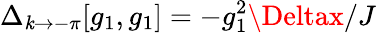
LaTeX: \Delta_{\mathit{k}\to-\pi}[g_{1},g_{1}]=-g_{1}^{2}\Deltax/J